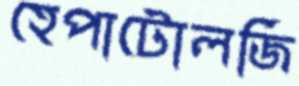
হেপাটোলজি